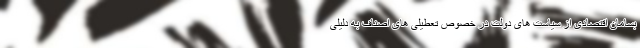
بسامان اقتصادی از سیاست های دولت در خصوص تعطیلی های اصناف به دلیلی